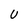
Character: U